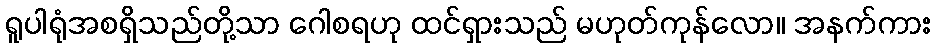
ရူပါရုံအစရှိသည်တို့သာ ဂေါစရဟု ထင်ရှားသည် မဟုတ်ကုန်လော။ အနက်ကား